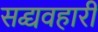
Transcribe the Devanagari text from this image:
सद्व्यवहारी